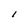
Character: I